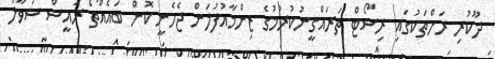
ދޫކުރި ރަށްތަކުގައި ރިސޯޓް ތަރައްގީނުކުރުމުގެ ޒިންމާއުފުލަން ޖެހެނީ ކޮން ބައެއްތޯ ރައީސް ސުވާލު